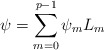
\begin{align*}\psi=\sum_{m=0}^{p-1} \psi_m L_m\end{align*}